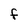
Character: f